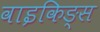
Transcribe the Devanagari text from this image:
वाइकिङ्स